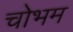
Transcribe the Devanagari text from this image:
चोभम